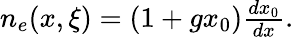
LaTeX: \begin{array}{r}{n_{e}(x,\xi)=(1+gx_{0})\frac{dx_{0}}{dx}.}\end{array}